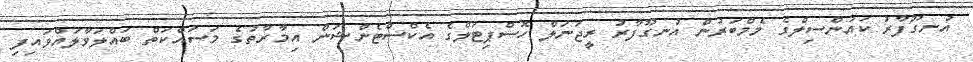
އުނގޫފާރު ކައުންސިލްގެ މެމްބަރުން އުނގޫފާރު ރީޖަނަލް ހޮސްޕިޓަލްގެ އެކްސްޓެންޝަން އިމާރާތުގެ މަސައްކަތް ބައްލަވާލައްވައިފި